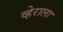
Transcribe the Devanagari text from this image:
व्हेराला